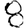
Digit: 8